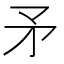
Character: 矛